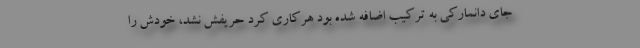
جای دانمارکی به ترکیب اضافه شده بود هرکاری کرد حریفش نشد، خودش را